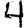
Digit: 4